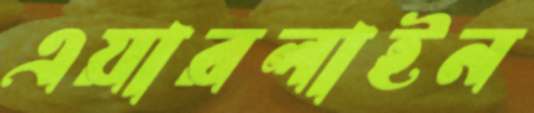
এয়ারলাইন